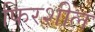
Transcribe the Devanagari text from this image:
फिरशील